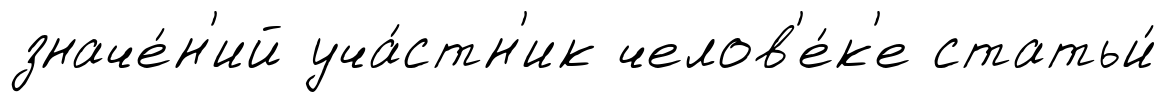
значе́н'ий уча́стн'ик челов'е́к'е статьи́